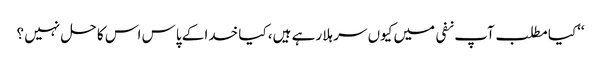
‘‘کیا مطلب آپ نفی میں کیوں سر ہلا رہے ہیں، کیا خدا کے پاس اس کا حل نہیں ؟